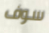
سوف